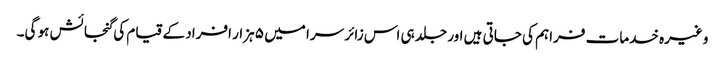
وغیرہ خدمات فراہم کی جاتی ہیں اور جلد ہی اس زائر سرا میں ۵ ہزار افراد کے قیام کی گنجائش ہو گی۔